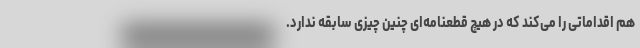
هم اقداماتی را می‌کند که در هیچ قطعنامه‌ای چنین چیزی سابقه ندارد.